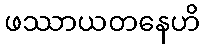
ဖဿာယတနေဟိ